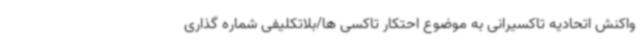
واکنش اتحادیه تاکسیرانی به موضوع احتکار تاکسی ها/بلاتکلیفی شماره گذاری